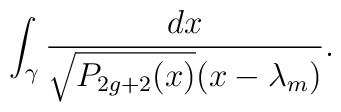
\int_{\gamma}   {dx\over\sqrt{P_{2g+2}(x)}(x-\lambda_m)}.